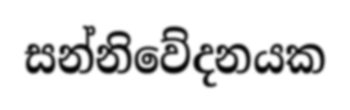
සන්නිවේදනයක